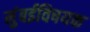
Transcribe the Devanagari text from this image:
मुंबईविषयक